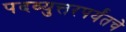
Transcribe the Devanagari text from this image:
पदव्युत्तरपर्यंतचे